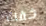
خفت